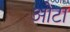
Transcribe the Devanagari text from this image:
ओेटा